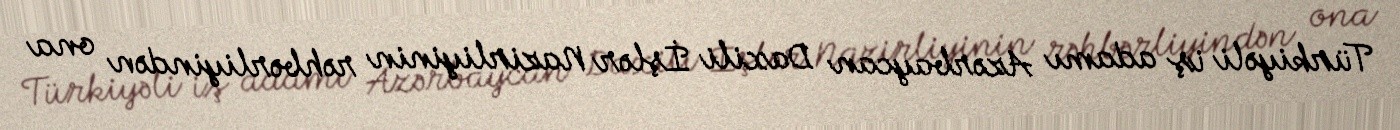
Türkiyəli iş adamı Azərbaycan Daxili İşlər Nazirliyinin rəhbərliyindən ona